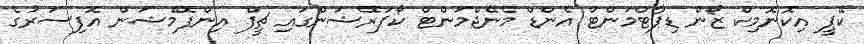
ކޭޕީ އިކޮނޮމިކް ޒޯން ޑިޕާޓްމަންޓް އެންޑް މެނޭޖްމަންޓް ކޯޕަރޭޝަންގައި ޗީފް އިންފޮމޭޝަން އޮފިސަރުގެ